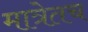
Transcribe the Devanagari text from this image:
मात्रेतच